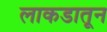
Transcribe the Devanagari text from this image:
लाकडातून